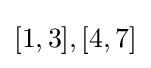
[1,3],[4,7]